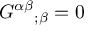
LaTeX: { G ^ { \alpha \beta } } _ { ; \beta } = 0